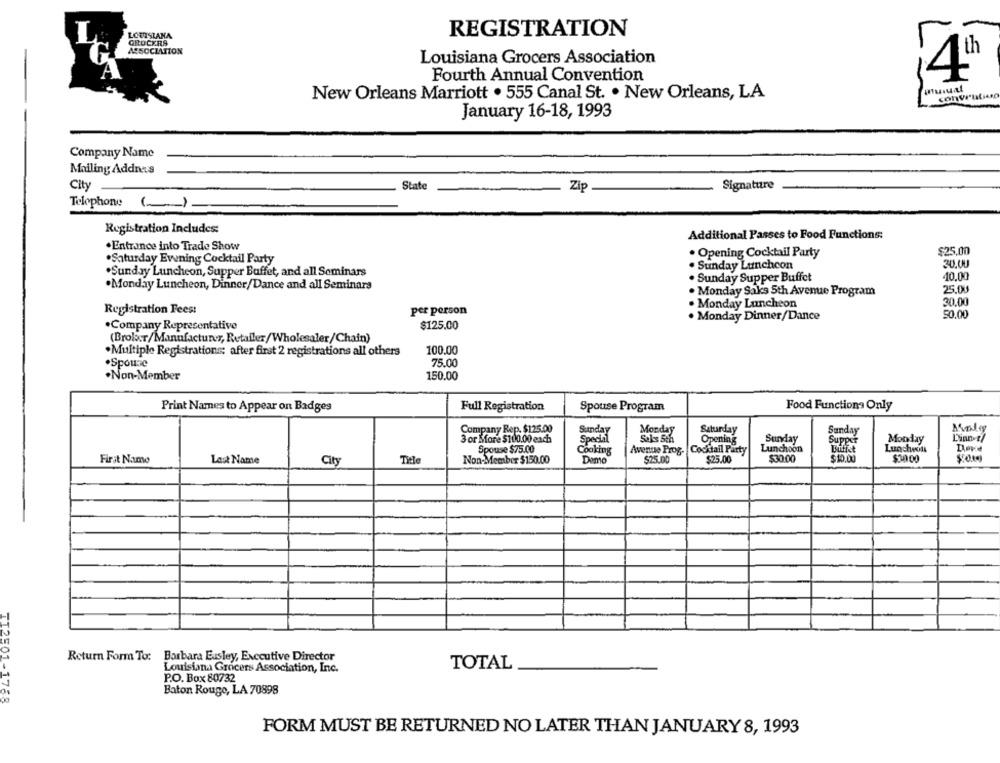
L.
LOUISIANA
REGISTRATION
GROCERS
ASSOCIATION
Louisiana Grocers Association
Fourth Annual Convention
4º
anual
New Orleans Marriott . 555 Canal St. . New Orleans, LA
conventions
January 16-18, 1993
Company Name
Mailing Addnas
City
State
Zip
Signature
Telophone
()
Registration Includes:
Additional Passes to Food Functions:
.Entrance into Trade Show
. Opening Cocktail Party
$25.00
.Saturday Evening Cocktail Party
. Sunday Lunchcon
30,00
.Sunday Luncheon, Supper Buffet, and all Seminars
· Sunday Supper Buffet
40.00
.Monday Luncheon, Dinner/Dance and all Seminars
25.00
. Monday Saks 5th Avenue Program
. Monday Luncheon
30.00
Registration Fees:
per person
. Monday Dinner/Dance
50.00
.Company Representative
$125.00
(Brolur/Manufacturer, Retailer/Wholesaler/Chain)
. Multiple Registrations: after first 2 registrations all others
100.00
.Spouse
75.00
.Non-Member
150.00
Print Names to Appear on Badges
Full Registration
Spouse Program
Food Functions Only
Company Rep. $125.00
Malgy
Sunday
Monday
Saturday
Sunday
3 or More $100.00 each
Sales 5th
Opening
Sunday
Monday
Dinner/
Spouse $75.00
Avenue Prog- Cocktail Party
Lunchoon
Luncheon
Dove
First Name
Cooking
$25.00
$25.00
$30.00
$10.00
$30 00
Last Name
City
Title
Non-Member $150.00
Domo
Return Form To: Barbara Eusley, Executive Director
TI2501-
Louisiana Grocers Association, Inc.
TOTAL
P.O. Box 80732
Baton Rouge, LA 70898
1758
FORM MUST BE RETURNED NO LATER THAN JANUARY 8, 1993